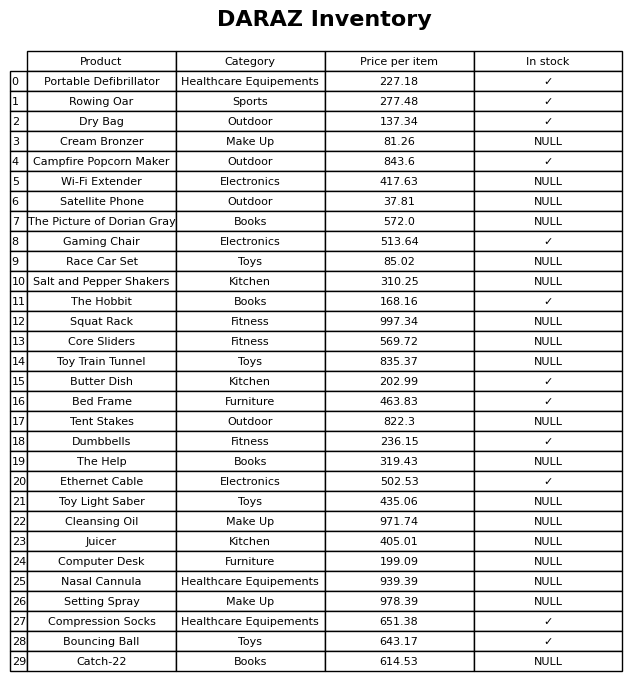
question: What is the price of the Toy Train Tunnel?
answer: The price of Toy Train Tunnel is 835.37.